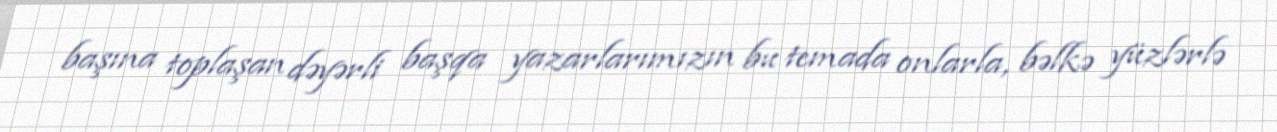
başına toplaşan dəyərli başqa yazarlarımızın bu temada onlarla, bəlkə yüzlərlə